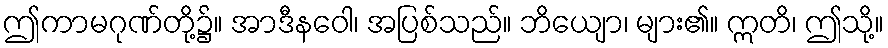
ဤကာမဂုဏ်တို့၌။ အာဒီနဝေါ၊ အပြစ်သည်။ ဘိယျော၊ များ၏။ ဣတိ၊ ဤသို့။